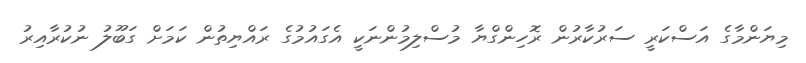
މިޔަންމާގެ އަސްކަރީ ސަރުކާރުން ރޮހިންގްޔާ މުސްލިމުންނަކީ އެގައުމުގެ ރައްޔިތުން ކަމަށް ގަބޫލު ނުކުރާއިރު